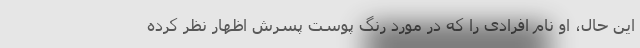
این حال، او نام افرادی را که در مورد رنگ پوست پسرش اظهار نظر کرده